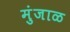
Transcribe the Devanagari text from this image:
मुंजाळ